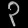
Digit: ၃